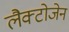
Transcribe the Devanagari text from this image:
लैक्टोजेन